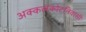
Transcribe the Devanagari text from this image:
अक्कलकोटनिवासी